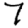
Digit: 7